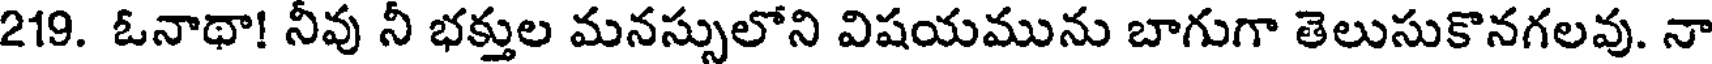
219. ఓనాథా! నీవు నీ భక్తుల మనస్సులోని విషయమును బాగుగా తెలుసుకొనగలవు. నా